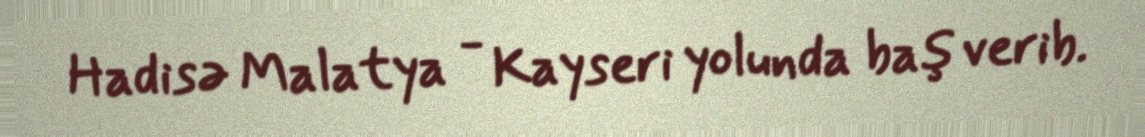
Hadisə Malatya - Kayseri yolunda baş verib.